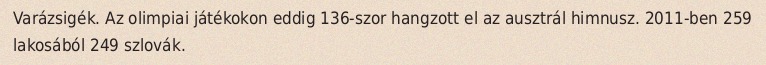
Varázsigék. Az olimpiai játékokon eddig 136-szor hangzott el az ausztrál himnusz. 2011-ben 259 lakosából 249 szlovák.